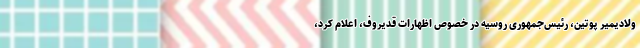
ولادیمیر پوتین، رئیس‌جمهوری روسیه در خصوص اظهارات قدیروف، اعلام کرد،